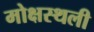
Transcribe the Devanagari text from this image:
मोक्षस्थली